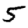
Digit: 5